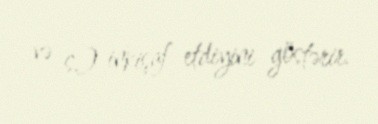
və s.) inkişaf etdiyini göstərir.